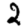
Digit: 2